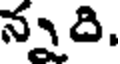
న్నది,